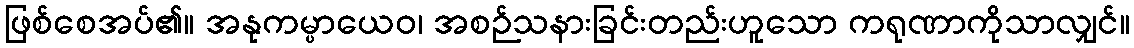
ဖြစ်စေအပ်၏။ အနုကမ္ပာယေဝ၊ အစဉ်သနားခြင်းတည်းဟူသော ကရုဏာကိုသာလျှင်။